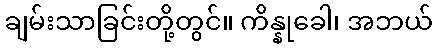
ချမ်းသာခြင်းတို့တွင်။ ကိန္နုခေါ၊ အဘယ်